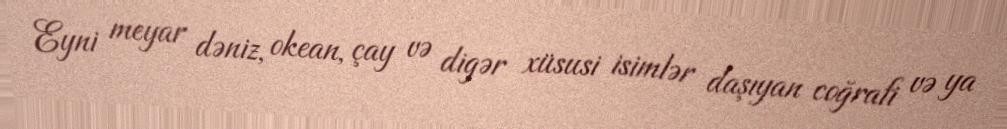
Eyni meyar dəniz, okean, çay və digər xüsusi isimlər daşıyan coğrafi və ya